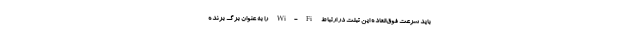
باید سرعت فوق‌العاده این تبلت در ارتباط Wi-Fi را به عنوان برگ برنده